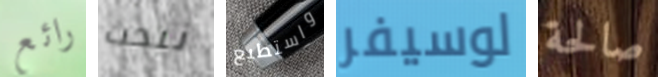
رائع نبحث واستطيع لوسيفر صالحة